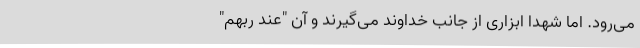
می‌رود. اما شهدا ابزاری از جانب خداوند می‌گیرند و آن "عندَ رَبّهم"